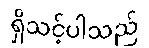
ရှိသင့်ပါသည်